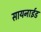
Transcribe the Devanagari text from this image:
सायनाईड